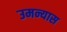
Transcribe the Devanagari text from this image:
उमन्यास